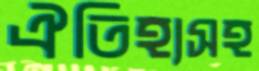
ঐতিহ্যসহ